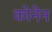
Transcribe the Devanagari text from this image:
कोनेन